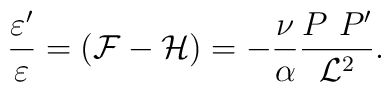
\frac{\varepsilon '}{\varepsilon}  = ({\cal F} - {\cal H} ) = - \frac{\nu}{\alpha} \frac{P~P'}{{\cal L}^2}.